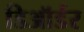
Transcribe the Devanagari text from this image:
डिऑर्डर